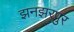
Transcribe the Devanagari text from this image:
झनझरपुर